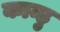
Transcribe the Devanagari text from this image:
कान्हु